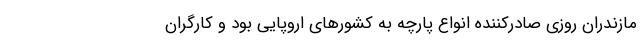
مازندران روزی صادرکننده انواع پارچه به کشور‌های اروپایی بود‌ و کارگران